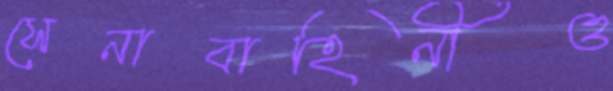
সেনাবাহিনীও